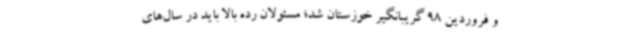
و فروردین 98 گریبانگیر خوزستان شد؛ مسئولان رده بالا باید در سال‌های